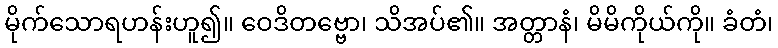
မိုက်သောရဟန်းဟူ၍။ ဝေဒိတဗ္ဗော၊ သိအပ်၏။ အတ္တာနံ၊ မိမိကိုယ်ကို။ ခံတံ၊